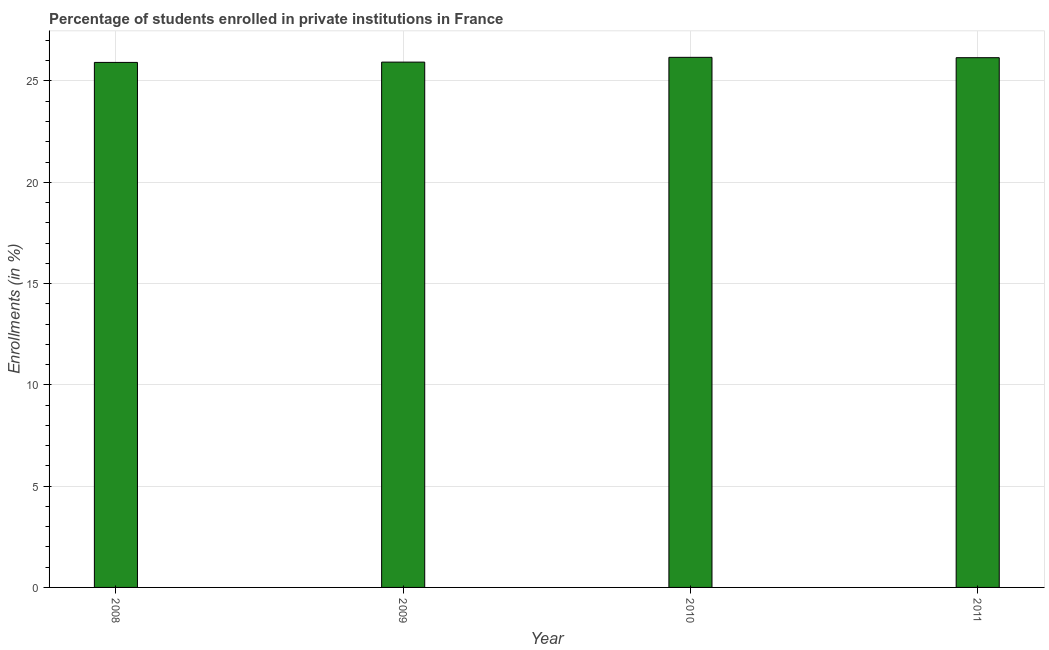
| Year | Enrollments |
 | --- | --- |
 | 2008 | 25.9 |
 | 2009 | 25.9 |
 | 2010 | 26.2 |
 | 2011 | 26.2 |